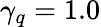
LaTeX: \gamma_{q}=1.0